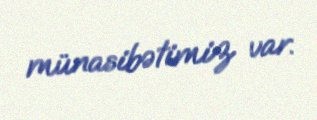
münasibətimiz var.